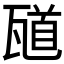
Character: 𪼼